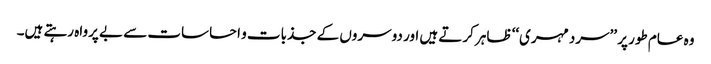
وہ عام طور پر ’’سرد مہری‘‘ ظاہر کرتے ہیں اور دوسروں کے جذبات و احساسات سے بے پرواہ رہتے ہیں۔